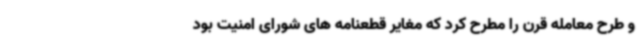
و طرح معامله قرن را مطرح کرد که مغایر قطعنامه های شورای امنیت بود